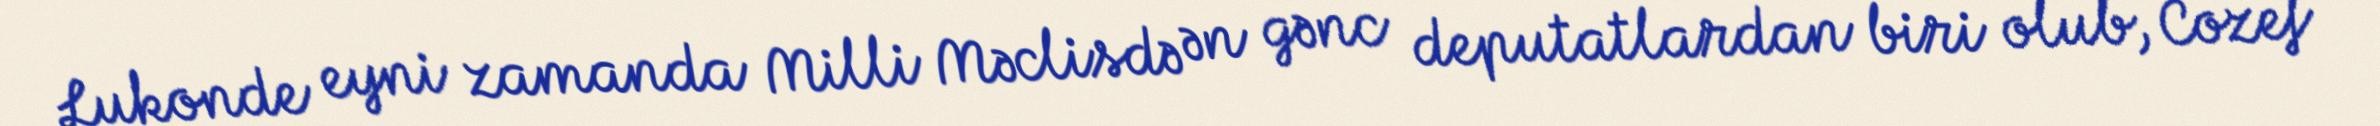
Lukonde eyni zamanda Milli Məclisdə ən gənc deputatlardan biri olub, Cozef